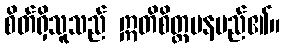
စိတ်ရှိသူသည် ဣတိစိတ္တမနမည်၏။